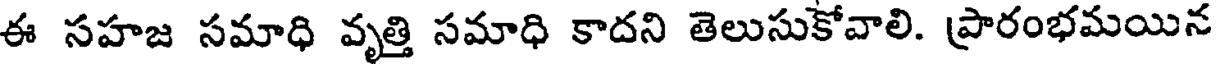
ఈ సహజ సమాధి వృత్తి సమాధి కాదని తెలుసుకోవాలి. ప్రారంభమయిన